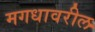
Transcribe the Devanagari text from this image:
मगधावरील